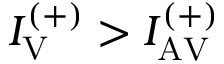
I _ { \mathrm { V } } ^ { ( + ) } > I _ { \mathrm { A V } } ^ { ( + ) }